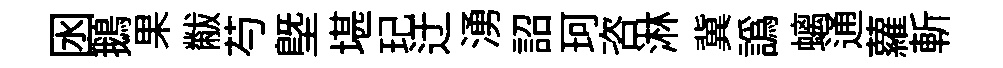
囦鵝果黻芍塈堪玘迂湧詔珂咨淋冀譌螭通蘿斬